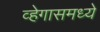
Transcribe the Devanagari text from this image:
व्हेगासमध्ये